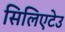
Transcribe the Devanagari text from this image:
सिलिएटेउ